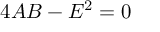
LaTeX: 4 A B - E ^ { 2 } = 0